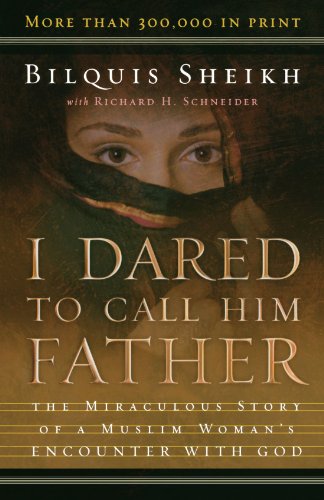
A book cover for I Dared to Call Him Father: The Miraculous Story of a Muslim Woman's Encounter with God; Bilquis Sheikh; Biographies & Memoirs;